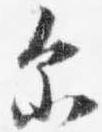
示